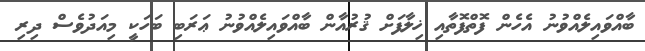
ބާއްވައިލެއްވުނު އެހެން ފޮތްފޮތާއި ޚިލާފަށް ޤުރުއާން ބާއްވައިލެއްވުނު ޢަރަބި ބަހަކީ މިއަދުވެސް ދިރި